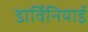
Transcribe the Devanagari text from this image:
डार्विनियाई